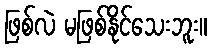
ဖြစ်လဲ မဖြစ်နိုင်သေးဘူး။